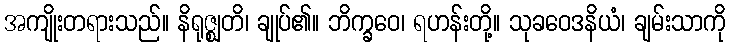
အကျိုးတရားသည်။ နိရုဇ္ဈတိ၊ ချုပ်၏။ ဘိက္ခဝေ၊ ရဟန်းတို့။ သုခဝေဒနိယံ၊ ချမ်းသာကို